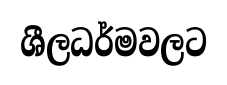
ශීලධර්මවලට